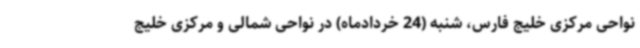
نواحی مرکزی خلیج فارس، شنبه (24 خردادماه) در نواحی شمالی و مرکزی خلیج